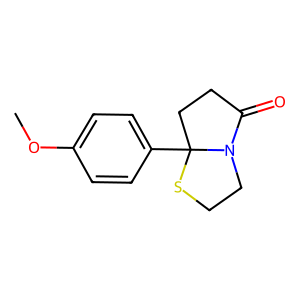
SMILES: COc1ccc(C23CCC(=O)N2CCS3)cc1
Inhibits HIV replication: No